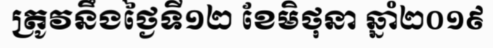
ត្រូវនឹងថ្ងៃទី១២ ខែមិថុនា ឆ្នាំ២០១៩